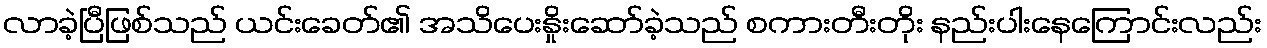
လာခဲ့ပြီဖြစ်သည် ယင်းခေတ်၏ အသိပေးနှိုးဆော်ခဲ့သည် စကားတီးတိုး နည်းပါးနေကြောင်းလည်း